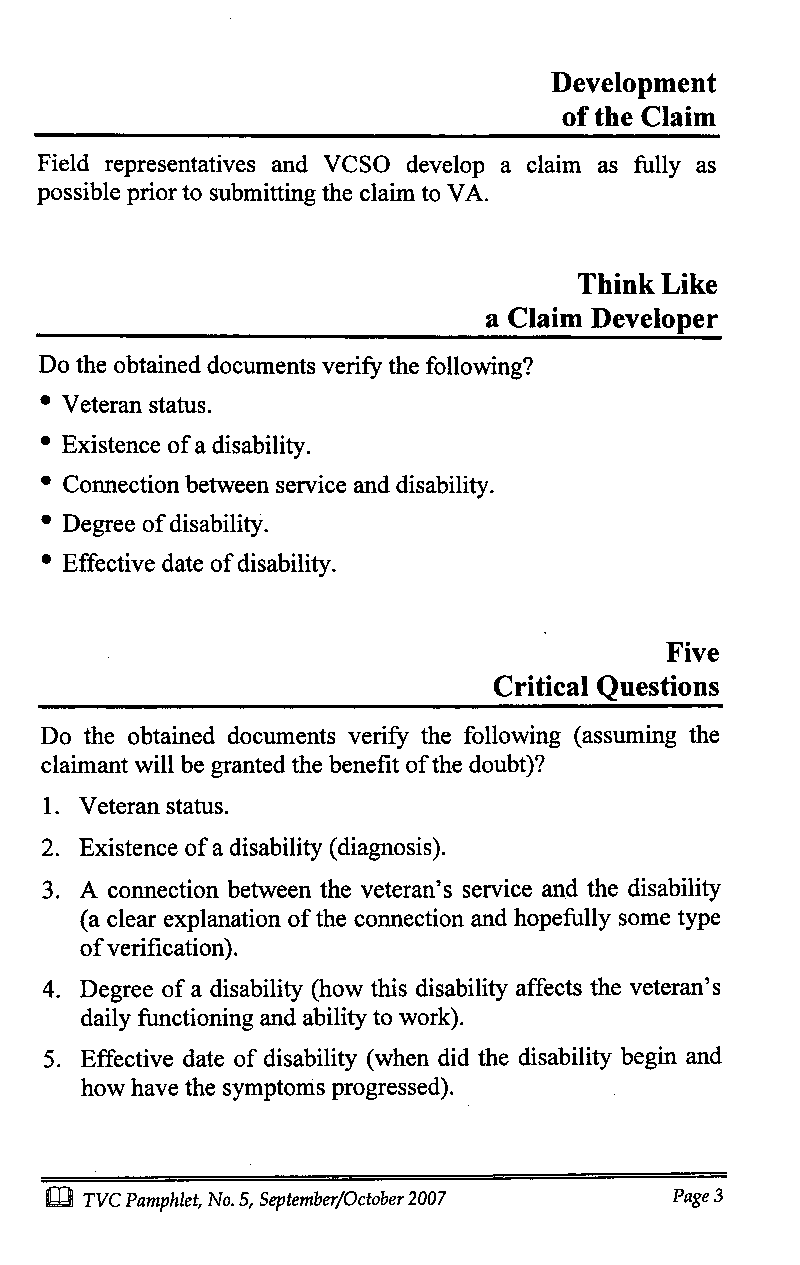
Development
 of the Claim
 Field representatives and VCSO develop a claim as fully as
 possible prior to submitting the claim to VA.
 Think Like
 a Claim Developer
 Do the obtained documents verify the following?
 * Veteran status.
 * Existence of a disability.
 * Connection between service and disability.
 * Degree of disability.
 * Effective date of disability.
 Five
 Critical Questions
 Do the obtained documents verify the following (assuming the
 claimant will be granted the benefit of the doubt)?
 1. Veteran status.
 2. Existence of a disability (diagnosis).
 3. A connection between the veteran's service and the disability
 (a clear explanation of the connection and hopefully some type
 of verification).
 4. Degree of a disability (how this disability affects the veteran's
 daily functioning and ability to work).
 5. Effective date of disability (when did the disability begin and
 how have the symptoms progressed).
 03 TVC Pamphlet, No. 5, September/October2 007 Page 3